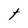
Character: t